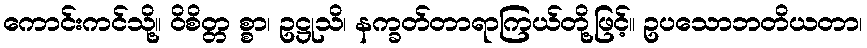
ကောင်းကင်သို့။ ဝိစိတ္တ စ္စာ၊ ဥဋ္ဌုသိ၊ နက္ခတ်တာရာကြယ်တို့ဖြင့်။ ဥပသောဘတိယတာ၊